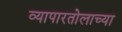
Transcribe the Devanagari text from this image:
व्यापारतोलाच्या